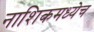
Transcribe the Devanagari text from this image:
नाशिकमध्येच